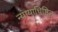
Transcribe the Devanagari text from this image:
न्यायाधिष्ठित